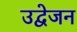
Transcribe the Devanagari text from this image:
उद्वेजन